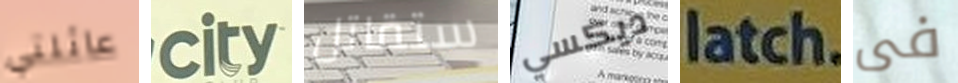
عائلتي city ستقاتل ديكسي latch فى